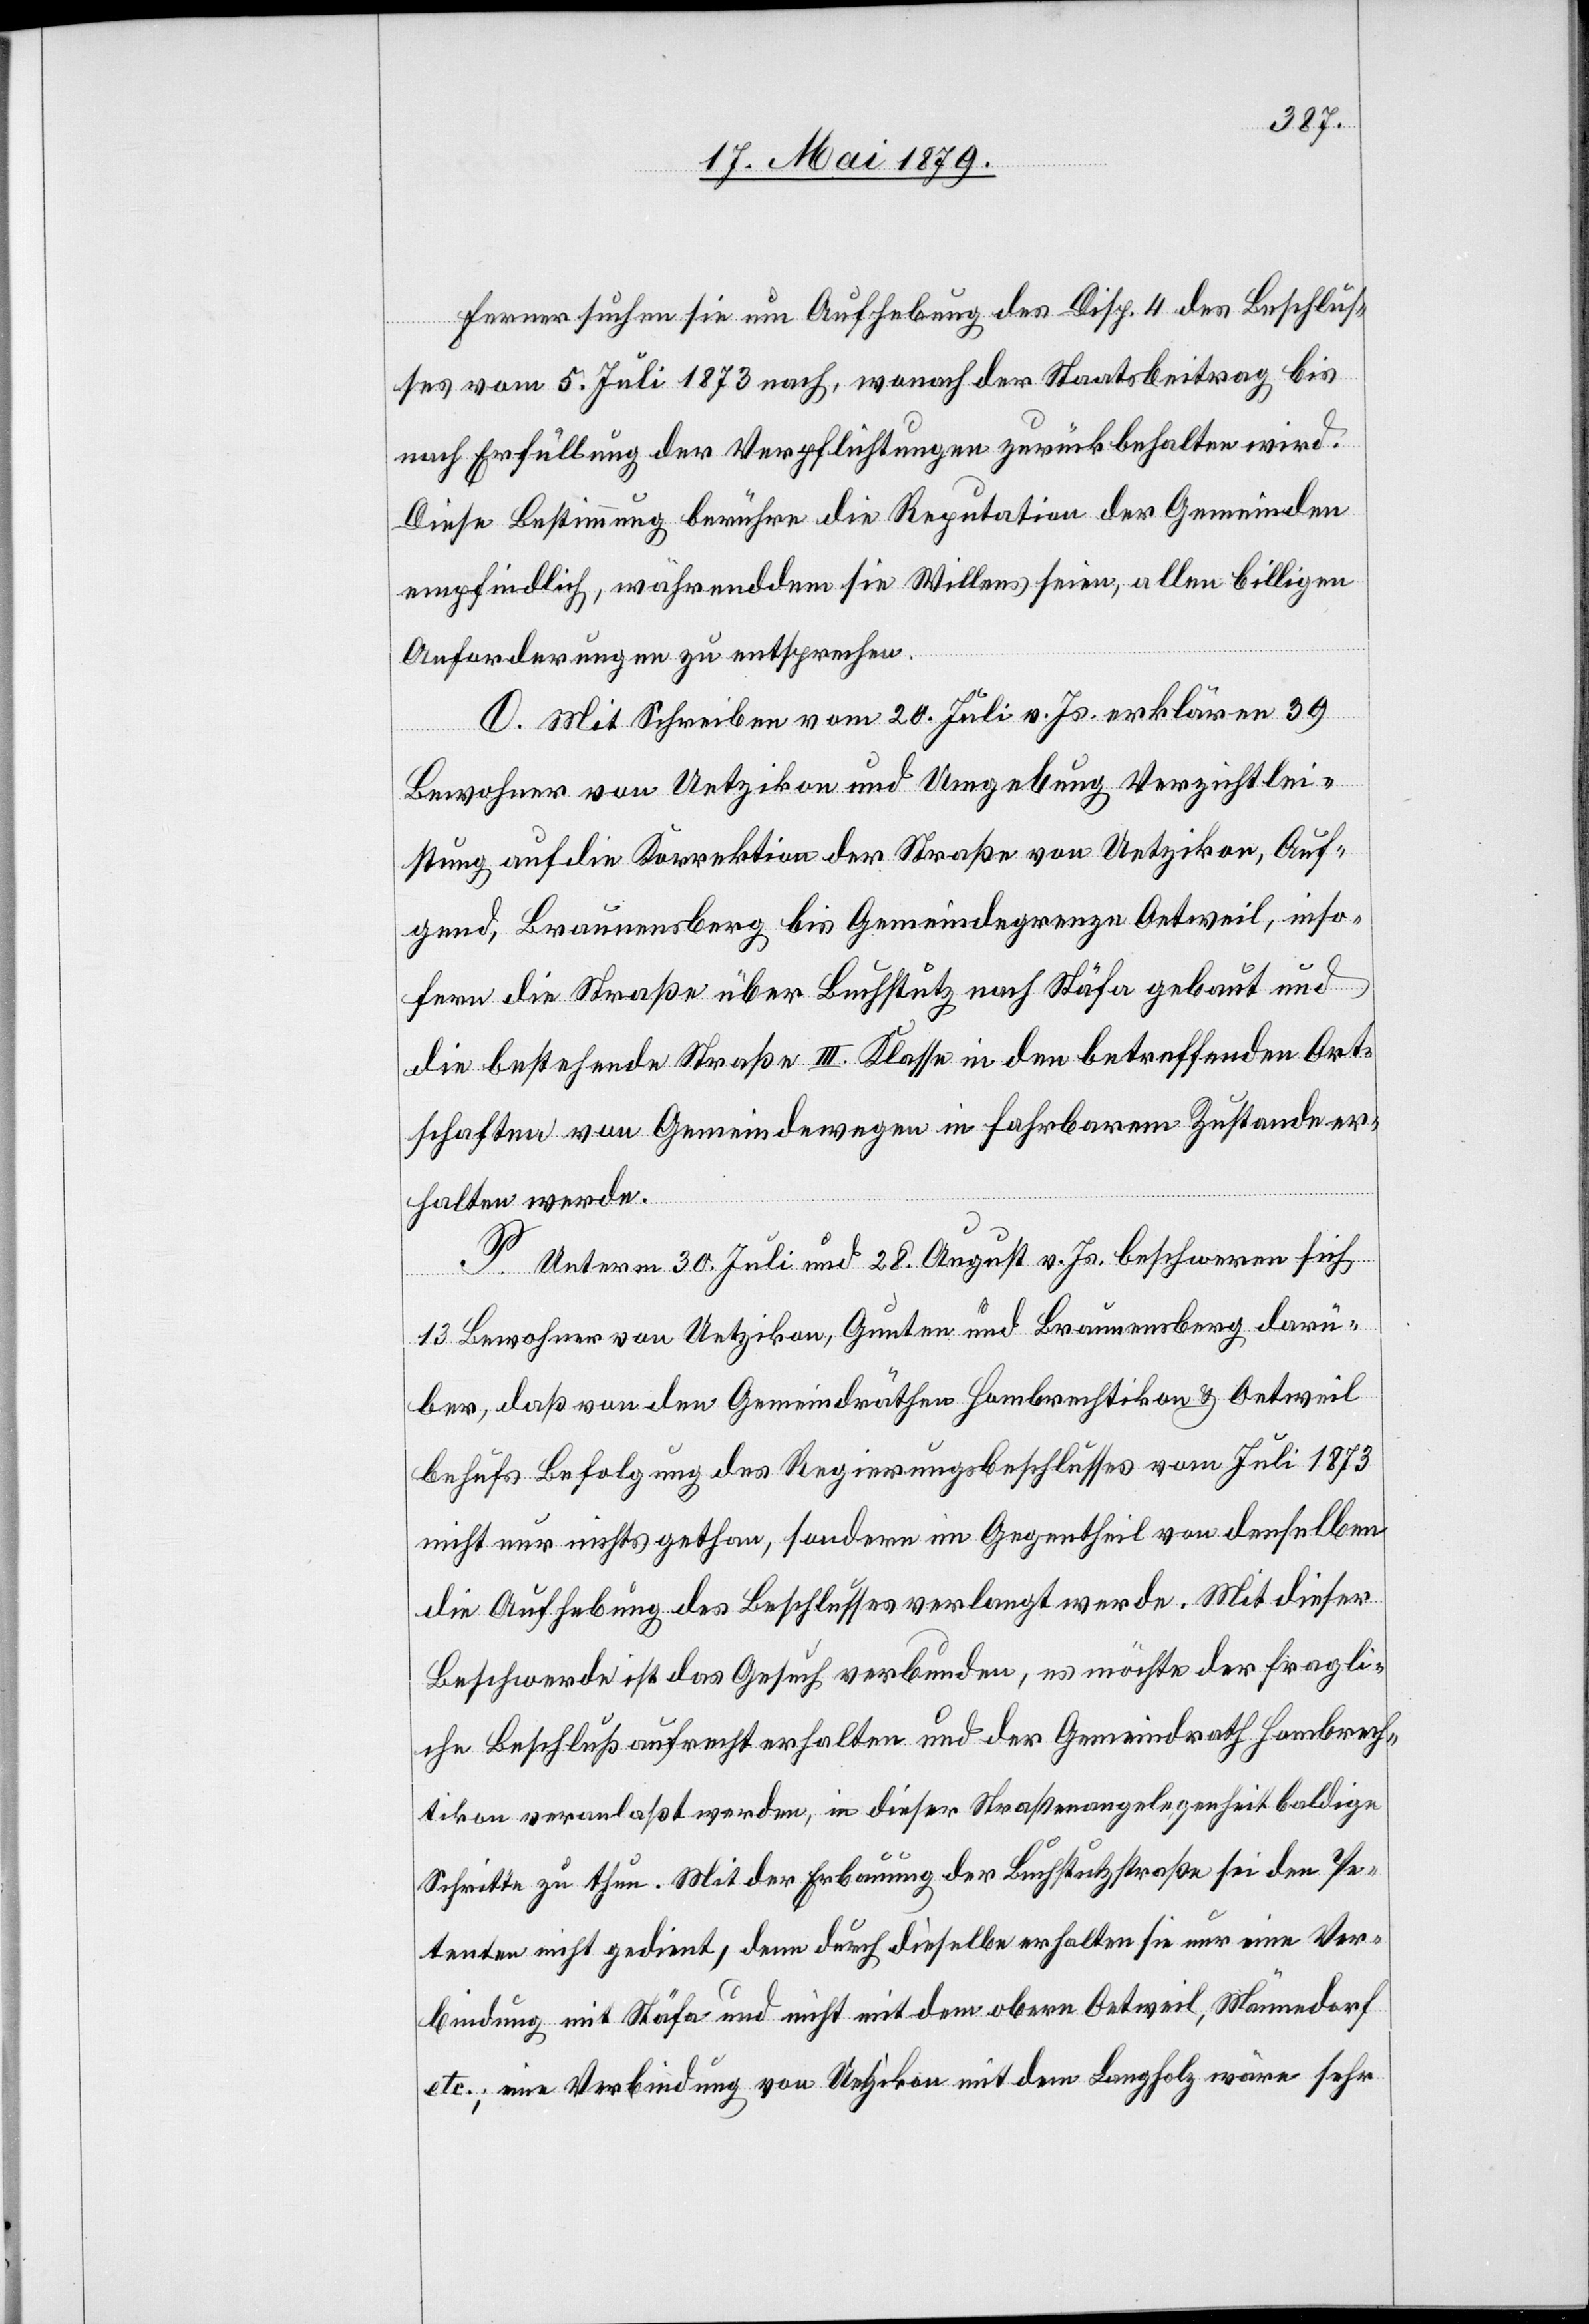
Ferner suchen sie um Aufhebung des Disp. 4 des Beschlus¬
ses vom 5. Juli 1873 nach, wonach der Staatsbeitrag bis
nach Erfüllung der Verpflichtungen zurückbehalten wird.
Diese Bestimmung berühre die Reputation der Gemeinden
empfindlich, währenddem sie Willens seien, allen billigen
Anforderungen zu entsprechen.
D. Mit Schreiben vom 20. Juli v. Js. erklären 39
Bewohner von Uetzikon und Umgebung Verzichtlei¬
stung auf die Korrektion der Straße von Uetzikon, Auf¬
gend, Braunensberg bis Gemeindegrenze Oetweil, inso¬
fern die Straße über Buchstutz nach Stäfa gebaut und
die bestehende Straße III. Klasse in den betreffenden Ort¬
schaften von Gemeindewegen in fahrbarem Zustande er¬
halten werde.
P. Unterm 30. Juli und 28. August v. Js. beschweren sich
13 Bewohner von Uetzikon, Gunten und Braunensberg darü¬
ber, daß von den Gemeindräthen Hombrechtikon & Oetweil
behufs Befolgung des Regierungsbeschlusses vom Juli 1873
nicht nur nichts gethan, sondern im Gegentheil von denselben
die Aufhebung des Beschlusses verlangt werde. Mit dieser
Beschwerde ist das Gesuch verbunden, es möchte der fragli¬
che Beschluß aufrecht erhalten und der Gemeindrath Hombrech¬
tikon veranlaßt werden, in dieser Straßenangelegenheit baldige
Schritte zu thun. Mit der Erbauung der Buchstutzstraße sei den Pe¬
tenten nicht gedient, denn durch dieselbe erhalten sie nur eine Ver¬
bindung mit Stäfa und nicht mit dem obern Oetweil, Männedorf
etc.; eine Verbindung von Uetzikon mit dem Langholz wäre sehr